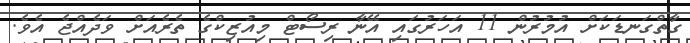
ގާތްގަނޑަކަށް އުމުރުން 11 އަހަރުގައި އޭނާ ރިސޯޓް މިއުޒިކްގެ ތެރެއަށް ވަދެއްޖެ އެވެ.